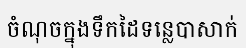
ចំណុចក្នុងទឹកដៃទន្លេបាសាក់